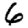
Digit: 6